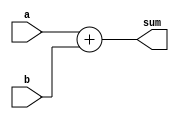
`timescale 1ns / 1ps

module Adder #(parameter WL=32)
    (
    input [WL-1:0] a,
    input [WL-1:0] b,
    
    output reg [WL-1:0] sum
    );
    
    always@ *
    begin
        sum = a + b;
    end
    
endmodule